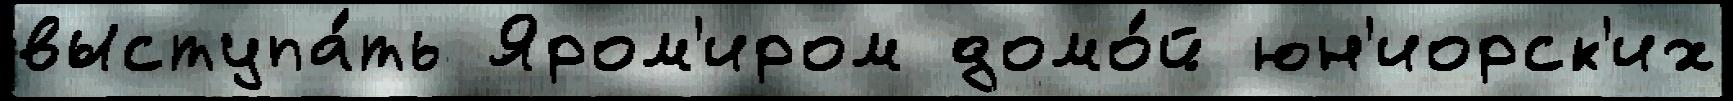
выступа́ть Яром'иром домо́й юн'иорск'их